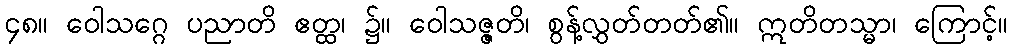
၄၈။ ဝေါသဂ္ဂေ ပညာတိ ဧတ္ထ၊ ၌။ ဝေါသဇ္ဇတိ၊ စွန့်လွှတ်တတ်၏။ ဣတိတသ္မာ၊ ကြောင့်။